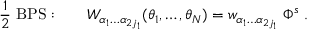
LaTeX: { \frac { 1 } { 2 } } \mathrm { ~ B P S : } \qquad W _ { \alpha _ { 1 } \ldots \alpha _ { 2 j _ { 1 } } } ( \theta _ { 1 } , \ldots , \theta _ { N } ) = w _ { \alpha _ { 1 } \ldots \alpha _ { 2 j _ { 1 } } } \; \Phi ^ { s } \; .